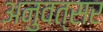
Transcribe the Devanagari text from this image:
अनुवत्सर